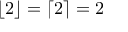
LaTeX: \lfloor 2 \rfloor = \lceil 2 \rceil = 2